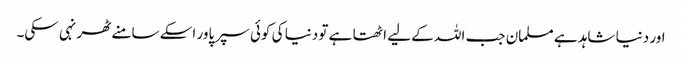
اور دنیا شاہد ہے مسلمان جب اللہ کے لیے اٹھتا ہے تو دنیا کی کوئی سپر پاور اسکے سامنے ٹھر نہی سکی۔